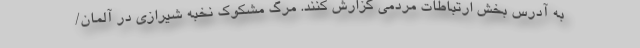
به آدرس بخش ارتباطات مردمی گزارش کنند. مرگ مشکوک نخبه شیرازی در آلمان/